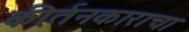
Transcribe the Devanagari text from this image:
कीर्तनकाराचा